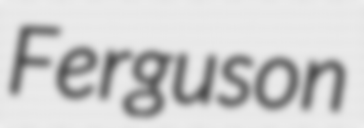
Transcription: Ferguson